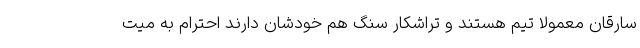
سارقان معمولا تیم هستند و تراشکار سنگ هم خودشان دارند احترام به میت